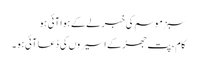
سبز موسم کی خبر لے کے ہوا آئی ہو
کام ، پت جھڑ کے اسیروں کی دُعا آئی ہو ۔